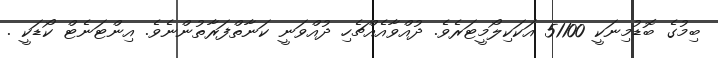
ބިމުގެ ބޮޑުމިނަކީ 51100 އަކަކިލޯމީޓަރެވެ. ދުއްވާއެއްޗެހި ދުއްވަނީ ކަނާތްފަރާތުންނެވެ. އިންޓަނެޓް ކޯޑަކީ .